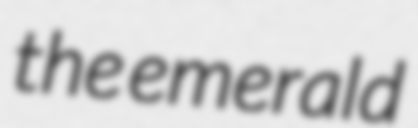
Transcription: the emerald